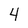
Character: 4